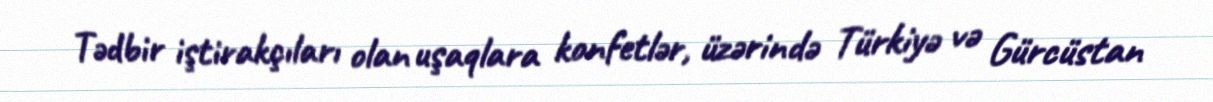
Tədbir iştirakçıları olan uşaqlara konfetlər, üzərində Türkiyə və Gürcüstan